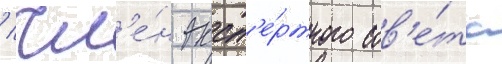
/ чл'е́н эксп'е́ртного сов'е́та